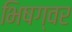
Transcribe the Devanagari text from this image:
भिषग्वर